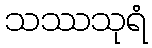
သဿသုရံ